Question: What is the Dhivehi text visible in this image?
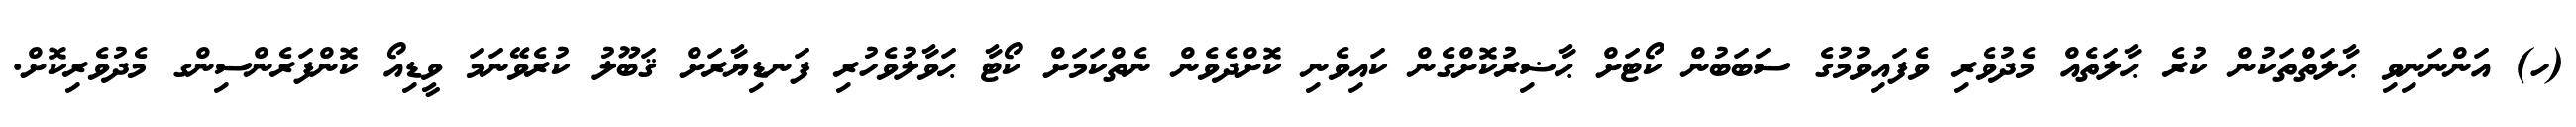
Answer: (ހ) އަންނަނިވި ޙާލަތްތަކުން ކުރެ ޙާލަތެއް މެދުވެރި ވެފައިވުމުގެ ސަބަބުން ކޯޓަށް ޙާޟިރުކޮށްގެން ކައިވެނި ކޮށްދެވެން ނެތްކަމަށް ކޯޓާ ޙަވާލުވެހުރި ފަނޑިޔާރަށް ޤަބޫލު ކުރެވޭނަމަ ވީޑިއޯ ކޮންފަރެންސިންގ މެދުވެރިކޮށް.